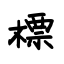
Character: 标